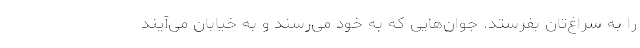
را به سراغ‌تان بفرستد. جوان‌هایی که به خود می‌رسند و به خیابان می‌آیند